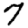
Digit: 7